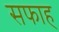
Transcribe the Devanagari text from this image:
सफाह